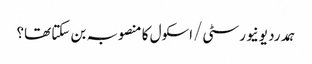
ہمدرد یونیورسٹی/اسکول کا منصوبہ بن سکتا تھا؟